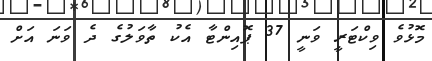
މޮޅުވެ ވިކްޓަރީ ވަނީ 37 ޕޮއިންޓާ އެކު ތާވަލުގެ ދެ ވަނަ އަށް